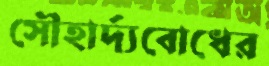
সৌহার্দ্যবোধের